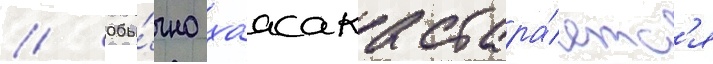
// Обы́чно хаасака стара́етс'я